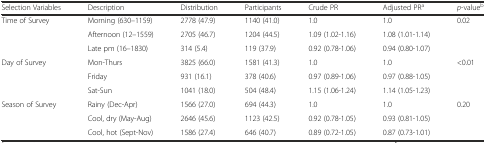
<table><thead><tr><td><b>Selection Variables</b></td><td><b>Description</b></td><td><b>Distribution</b></td><td><b>Participants</b></td><td><b>Crude PR</b></td><td><b>Adjusted PR<sup>a</sup></b></td><td><b><i>p</i>-value<sup>b</sup></b></td></tr></thead><tbody><tr><td rowspan="3">Time of Survey</td><td>Morning (630–1159)</td><td>2778 (47.9)</td><td>1140 (41.0)</td><td>1.0</td><td>1.0</td><td>0.02</td></tr><tr><td>Afternoon (12–1559)</td><td>2705 (46.7)</td><td>1204 (44.5)</td><td>1.09 (1.02-1.16)</td><td>1.08 (1.01-1.14)</td><td></td></tr><tr><td>Late pm (16–1830)</td><td>314 (5.4)</td><td>119 (37.9)</td><td>0.92 (0.78-1.06)</td><td>0.94 (0.80-1.07)</td><td></td></tr><tr><td rowspan="3">Day of Survey</td><td>Mon-Thurs</td><td>3825 (66.0)</td><td>1581 (41.3)</td><td>1.0</td><td>1.0</td><td rowspan="3">&lt;0.01</td></tr><tr><td>Friday</td><td>931 (16.1)</td><td>378 (40.6)</td><td>0.97 (0.89-1.06)</td><td>0.97 (0.88-1.05)</td></tr><tr><td>Sat-Sun</td><td>1041 (18.0)</td><td>504 (48.4)</td><td>1.15 (1.06-1.24)</td><td>1.14 (1.05-1.23)</td></tr><tr><td rowspan="3">Season of Survey</td><td>Rainy (Dec-Apr)</td><td>1566 (27.0)</td><td>694 (44.3)</td><td>1.0</td><td>1.0</td><td rowspan="3">0.20</td></tr><tr><td>Cool, dry (May-Aug)</td><td>2646 (45.6)</td><td>1123 (42.5)</td><td>0.92 (0.78-1.05)</td><td>0.93 (0.81-1.05)</td></tr><tr><td>Cool, hot (Sept-Nov)</td><td>1586 (27.4)</td><td>646 (40.7)</td><td>0.89 (0.72-1.05)</td><td>0.87 (0.73-1.01)</td></tr></tbody></table>